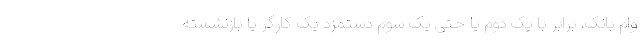
وام بانک، برابر با یک دوم یا حتی یک سوم دستمزد یک کارگر یا بازنشسته